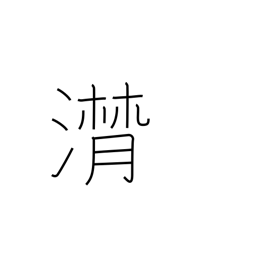
Meaning: flowing of tears